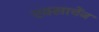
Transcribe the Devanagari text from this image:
एक्साचेंज